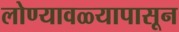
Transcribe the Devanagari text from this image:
लोण्यावळ्यापासून